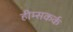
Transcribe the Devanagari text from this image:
हीम्सकर्क